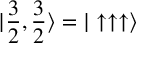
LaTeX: | \frac { 3 } { 2 } , \frac { 3 } { 2 } \rangle = | \uparrow \uparrow \uparrow \rangle